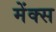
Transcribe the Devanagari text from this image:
मेंक्स